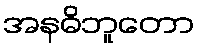
အနဓိဘူတော